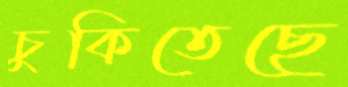
চুকিতেছে